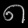
Digit: ၈